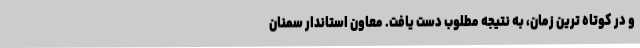
و در کوتاه ترین زمان، به نتیجه مطلوب دست یافت. معاون استاندار سمنان